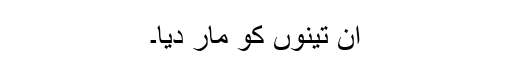
ان تینوں کو مار دیا۔